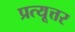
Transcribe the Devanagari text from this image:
प्रत्यूत्तर